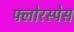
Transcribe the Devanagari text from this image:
फ्लोरस्पेस